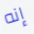
إنه